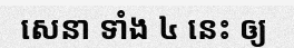
សេនា ទាំង ៤ នេះ ឲ្យ